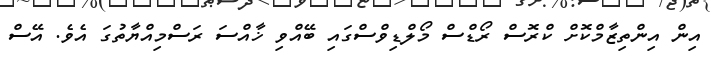
އިން އިންތިޒާމްކޮށް ކްރޮސް ރޯޑްސް މޯލްޑިވްސްގައި ބޭއްވި ޚާއްސަ ރަސްމިއްޔާތުގަ އެވެ. އޭސް